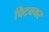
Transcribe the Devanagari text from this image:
चिटनगर